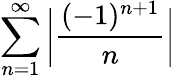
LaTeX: \sum_{n=1}^{\infty}{\bigg|}{\frac{(-1)^{n+1}}{n}}{\bigg|}